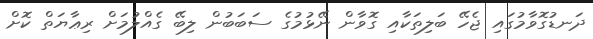
ދަނޑުގޮވާމުގައި ޖެހޭ ބަލިތަކާއި ގޮވާން ނޭޅުމުގެ ސަބަބުން ލިބޭ ގެއްލުމަށް ރިޢާޔަތް ކޮށް